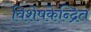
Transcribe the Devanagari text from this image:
विशेषकेन्द्रित